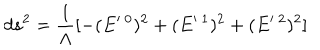
d s ^ { 2 } = \frac { 1 } { \Lambda } [ - ( E ^ { \prime \mathrm { ~ } 0 } ) ^ { 2 } + ( E ^ { \prime \mathrm { ~ } 1 } ) ^ { 2 } + ( E ^ { \prime \mathrm { ~ } 2 } ) ^ { 2 } ]